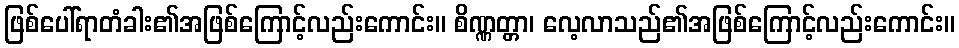
ဖြစ်ပေါ်ရာတံခါး၏အဖြစ်ကြောင့်လည်းကောင်း။ စိဏ္ဏတ္တာ၊ လေ့လာသည်၏အဖြစ်ကြောင့်လည်းကောင်း။